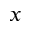
x